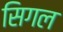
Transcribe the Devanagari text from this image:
सिगल